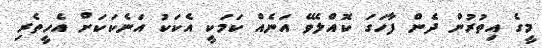
މީގެ އިތުރުން ދެން ފާހަގަ ކޮއްލެވޭ އަނެއް ކަމަކީ އެކަކު އަނެކަކަށް އެހީތެރި